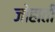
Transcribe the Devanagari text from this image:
जोहाती